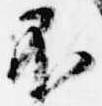
不